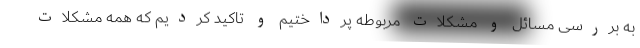
به بررسی مسائل و مشکلات مربوطه پرداختیم و تاکید کردیم که همه مشکلات